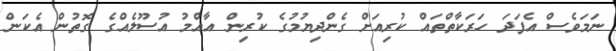
ނަމަވެސް އެފަދަ ހަރަކާތްތައް ކުރިއަށް ގެންދިޔުމުގެ ކުރިން އާއްމު އުސޫލެއްގެ ގޮތުން އެކަން